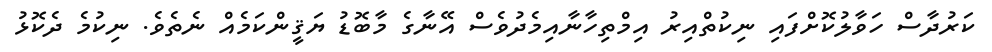
ކަރުދާސް ހަވާލުކޮށްފައި ނިކުތްއިރު އިމްތިހާނާއިމެދުވެސް އޭނާގެ މާބޮޑު ޔަޤީންކަމެއް ނެތެވެ. ނިކުމެ ދެކޮޅު